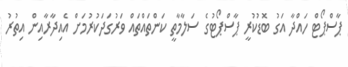
ޕާސްޕޯޓް ހައްދާ އަގު ބޮޑުކުރީ ޕާސްޕޯޓުގެ ސަލާމާތީ ކަންތައްތައް ވަރުގަދަކުރުމަށް އެއިދާރާއިން އިތުރު